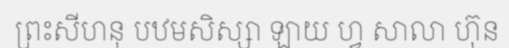
ព្រះសីហនុ បឋមសិស្សា ឡាយ ហ្វ សាលា ហ៊ុន